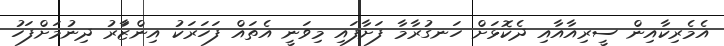
އެމެރިކާއިން ސީރިއާއާއި ދެކޮޅަށް ހަނގުރާމާ ފަށާފައި މިވަނީ އެތައް ފަހަރަކު އިންޒަާރު ދިނުމަށްފަހު